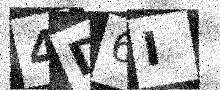
Text: 4D6I